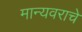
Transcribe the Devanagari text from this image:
मान्यवराचे